system: You are a helpful assistant.
user:
Analyze the provided spectrum to determine if it is a **"Cataclysmic Variables (CV)"**.

- **Key Indicators for CV (Check for either state):**
    - **State 1: Quiescent / Low-State (Emission-Dominated)**
        - **(Primary):** Strong and *very broad* Hydrogen Balmer emission lines (e.g., $H\alpha$ at 6563 Å, $H\beta$ at 4861 Å). The 'broadness' (high velocity dispersion, often FWHM > 1000 km/s) is the key diagnostic, indicating a high-velocity accretion disk.
        - **(Secondary):** Broad neutral Helium (He I) emission lines (e.g., 5876 Å, 6678 Å).
        - **(Key Confirmation):** Presence of high-excitation *ionized* Helium (He II) emission at 4686 Å. This is a strong indicator of accretion onto a white dwarf.
        - **(Line Profile):** Emission lines may exhibit a 'double-peaked' profile, which is a classic signature of a rotating accretion disk viewed at high inclination.

    - **State 2: Outburst / High-State (Absorption-Dominated)**
        - **(Primary):** Spectrum is dominated by a bright, blue continuum (looks like a hot star).
        - **(Secondary):** The emission lines from State 1 are weak, absent, or 'filled in', and are replaced by broad, shallow *absorption* lines (primarily Balmer and He I).
        - **(Morphology):** The overall spectrum mimics a hot B/A-type star. The crucial difference is that the absorption lines are significantly broader, shallower, and more 'washed-out' (or 'smeared') than the sharp lines of a normal stellar photosphere, due to high rotational speeds and pressure broadening in the disk.

Think first, call **spectral_visualization_tool** if needed to examine features in detail, then provide your final answer. Your response must adhere to the following strict rules:
1.  **Overall Structure:** Your response must follow the format `<think>...</think> <tool_call>...</tool_call> (if a tool is used) <answer>...</answer>`.
2.  **Tool Usage Constraint:** You may only make **one** tool call per turn.
3.  **Final Answer Format:** In the `<answer>` tag, your conclusion must be inside a `\boxed{}` command (e.g., `\boxed{YES}`), followed by your justification.

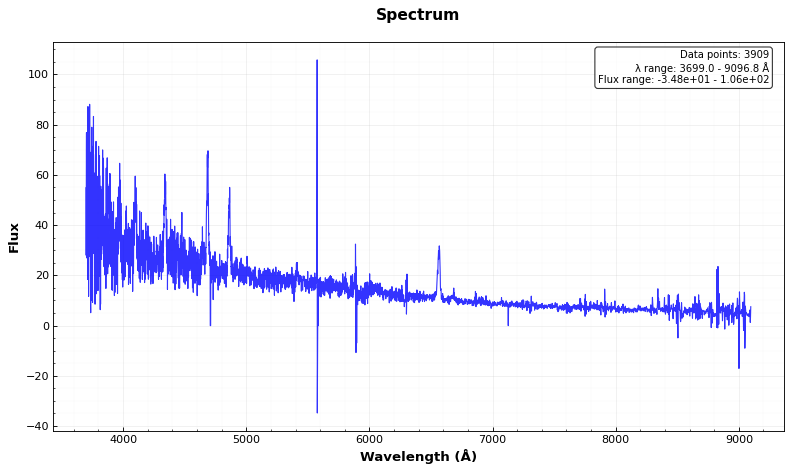
Answer: YES